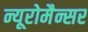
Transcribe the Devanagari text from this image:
न्यूरोमैन्सर